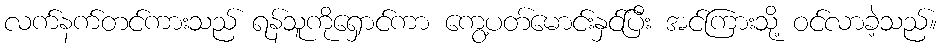
လက်နက်တင်ကားသည် ရန်သူကိုရှောင်ကာ ကွေ့ပတ်မောင်းနှင်ပြီး အင်ကြားသို့ ဝင်လာခဲ့သည်။